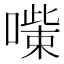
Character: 𠾋